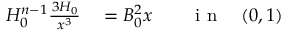
\begin{array} { r l r l } { H _ { 0 } ^ { n - 1 } \frac { \d ^ { 3 } H _ { 0 } } { \d x ^ { 3 } } } & { { } = B _ { 0 } ^ { 2 } x } & { } & { { } \mathrm { ~ i ~ n ~ } \quad ( 0 , 1 ) } \end{array}